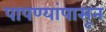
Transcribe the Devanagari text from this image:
पापण्यांपासून